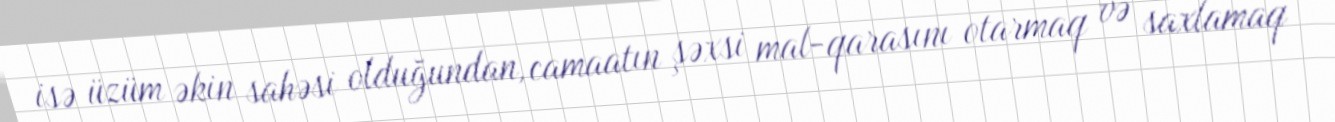
isə üzüm əkin sahəsi olduğundan, camaatın şəxsi mal-qarasını otarmaq və saxlamaq